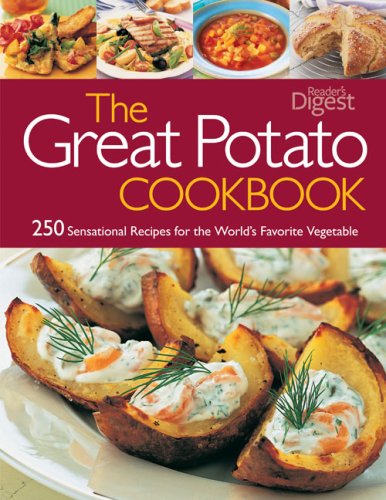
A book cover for The Great Potato Cookbook; Editors of Reader's Digest; Cookbooks, Food & Wine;